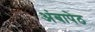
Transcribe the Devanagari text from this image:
अंबापेठ